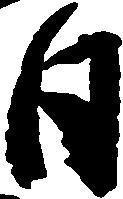
日